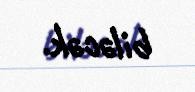
biləcək.